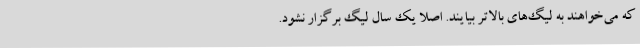
که می‌خواهند به لیگ‌های بالاتر بیایند. اصلا یک سال لیگ برگزار نشود.